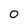
Character: 0